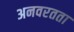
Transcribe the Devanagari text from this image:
अनवरतता